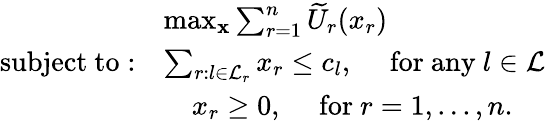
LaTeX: \begin{array}{rl}&{\operatorname*{max}_{\mathbf{x}}\sum_{r=1}^{n}\widetilde U_{r}(x_{r})}\\ {\mathrm{subject~to:}}&{\sum_{r:l\in\mathcal{L}_{r}}x_{r}\leq c_{l},\quad\mathrm{~for~any~}l\in\mathcal{L}}\\ &{\quad x_{r}\geq 0,\quad\mathrm{~for~}r=1,...,n.}\end{array}